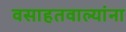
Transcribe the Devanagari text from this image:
वसाहतवाल्यांना